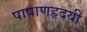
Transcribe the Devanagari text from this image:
पाषाणहृदयी